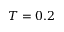
T = 0 . 2